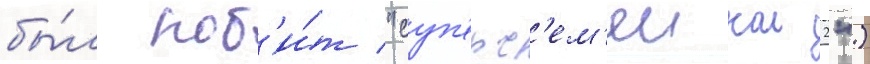
бы́л поб'и́т "суп'ерс'ем'еикои 2")